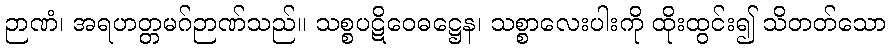
ဉာဏံ၊ အရဟတ္တမဂ်ဉာဏ်သည်။ သစ္စပဋိဝေဓဋ္ဌေန၊ သစ္စာလေးပါးကို ထိုးထွင်း၍ သိတတ်သော